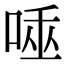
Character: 𠴯